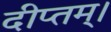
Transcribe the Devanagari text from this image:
दीप्तम्।